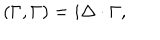
LaTeX: ( \Gamma , \Gamma ) = i \Delta \cdot \Gamma ,